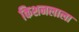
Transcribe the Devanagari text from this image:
किशनलाला